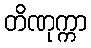
တိဏုက္ကာ